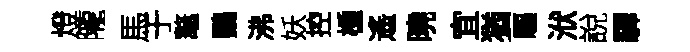
燈隴馬于鼇鸚沸妖控㮔遙曉宜猶驅洑說驛